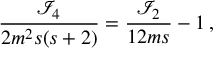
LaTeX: \frac { \mathcal { I } _ { 4 } } { 2 m ^ { 2 } s ( s + 2 ) } = \frac { \mathcal { I } _ { 2 } } { 1 2 m s } - 1 \, ,